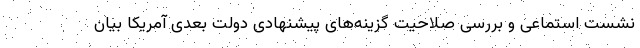
نشست استماعی و بررسی صلاحیت گزینه‌های پیشنهادی دولت بعدی آمریکا بیان